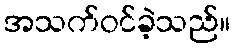
အသက်ဝင်ခဲ့သည်။